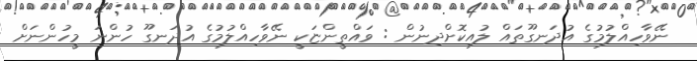
ނޭވާހިއްލުމުގެ އުދަނގޫތައް ލުއިކޮށްދިނުން : ވައްތީންޏަކީ ނޭވާހިއްލުމުގެ އުދަނގޫ ހުންނަ މީހުންނަށް